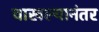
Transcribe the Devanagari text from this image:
चाखल्यानंतर